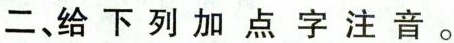
二、给下列加点字注音。